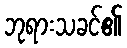
ဘုရားသခင်၏